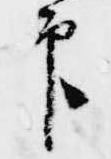
印